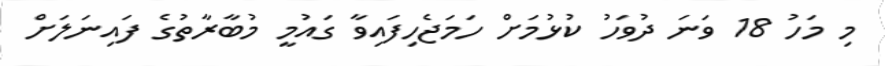
މި މަހު 18 ވަނަ ދުވަހު ކުޅުމަށް ހަމަޖެހިފައިވާ ގައުމީ މުބާރާތުގެ ފައިނަލަށް